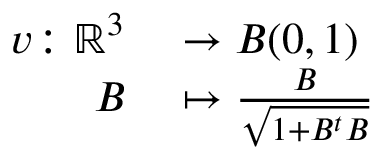
\begin{array} { r l } { v \colon \mathbb R ^ { 3 } } & { { } \to B ( 0 , 1 ) } \\ { B } & { { } \mapsto \frac { B } { \sqrt { 1 + B ^ { t } B } } } \end{array}